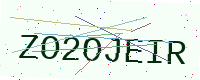
Text: ZO2OJEIR